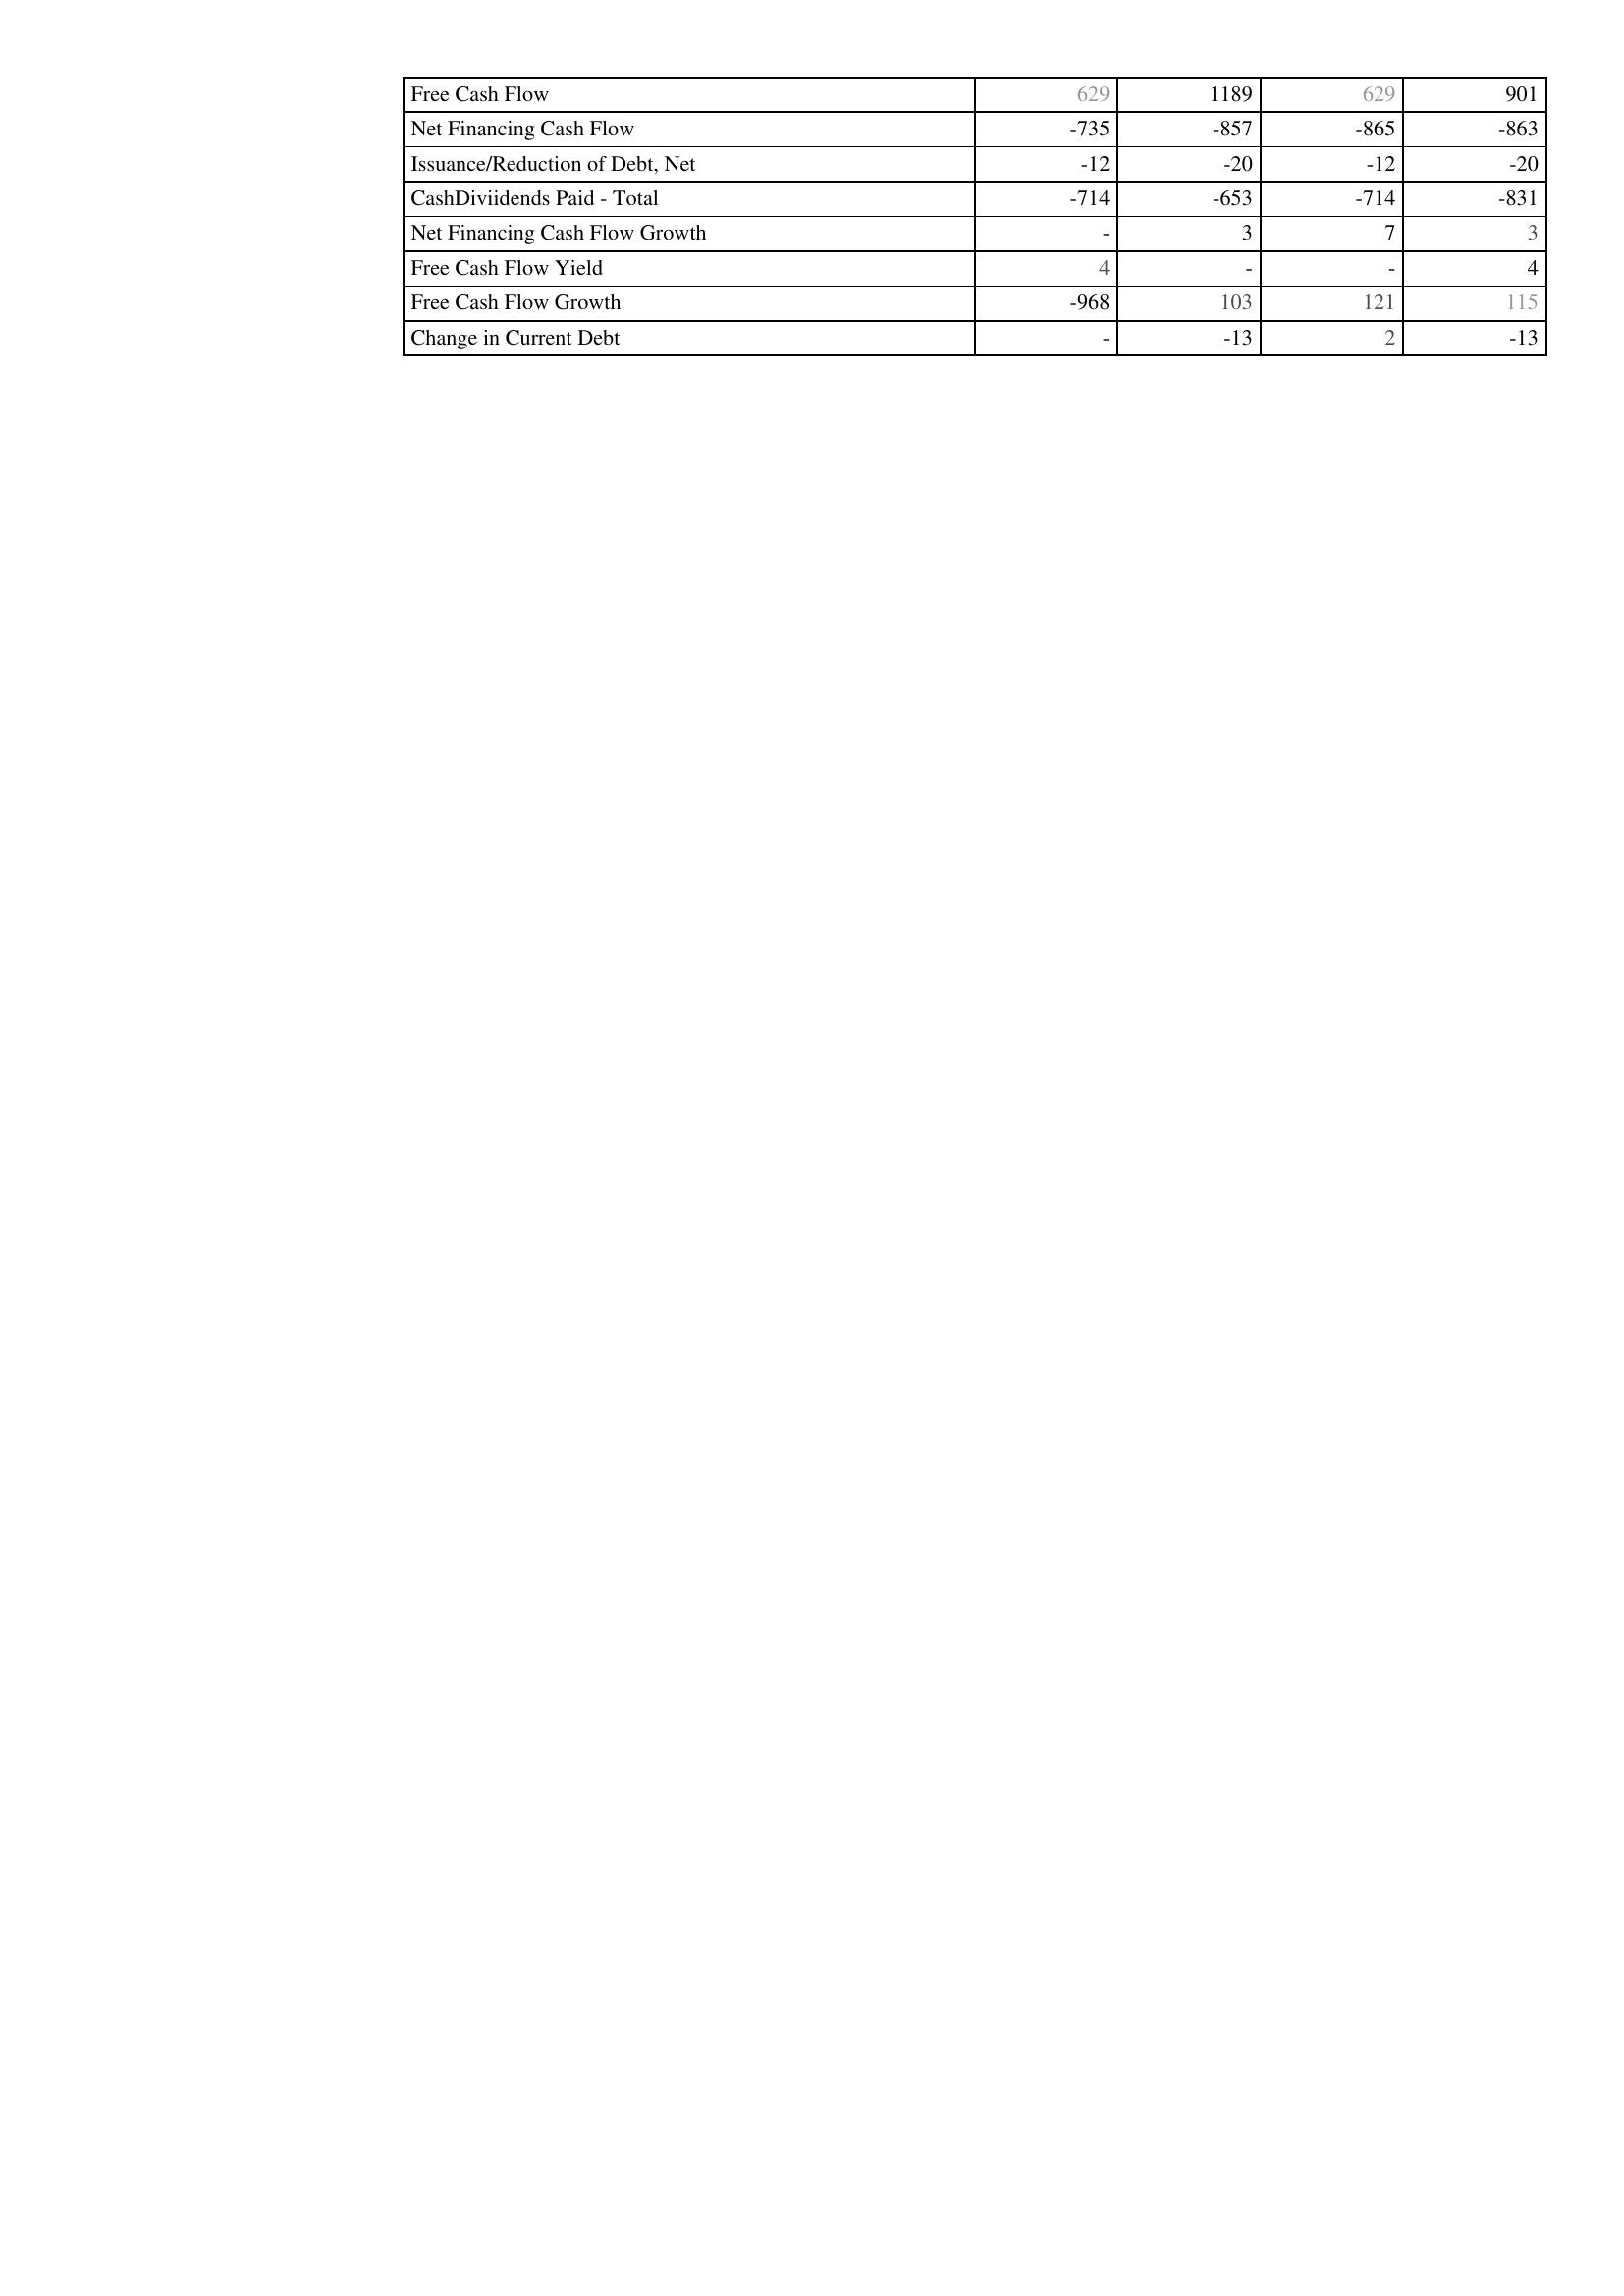
2009: Financing Activities: Free Cash Flow: 629
Net Financing Cash Flow: -735
Issuance/Reduction of Debt, Net: -12
CashDiviidends Paid - Total: -714
Net Financing Cash Flow Growth: -
Free Cash Flow Yield: 4
Free Cash Flow Growth: -968
Change in Current Debt: -
2008: Financing Activities: Free Cash Flow: 1189
Net Financing Cash Flow: -857
Issuance/Reduction of Debt, Net: -20
CashDiviidends Paid - Total: -653
Net Financing Cash Flow Growth: 3
Free Cash Flow Yield: -
Free Cash Flow Growth: 103
Change in Current Debt: -13
2007: Financing Activities: Free Cash Flow: 629
Net Financing Cash Flow: -865
Issuance/Reduction of Debt, Net: -12
CashDiviidends Paid - Total: -714
Net Financing Cash Flow Growth: 7
Free Cash Flow Yield: -
Free Cash Flow Growth: 121
Change in Current Debt: 2
2006: Financing Activities: Free Cash Flow: 901
Net Financing Cash Flow: -863
Issuance/Reduction of Debt, Net: -20
CashDiviidends Paid - Total: -831
Net Financing Cash Flow Growth: 3
Free Cash Flow Yield: 4
Free Cash Flow Growth: 115
Change in Current Debt: -13